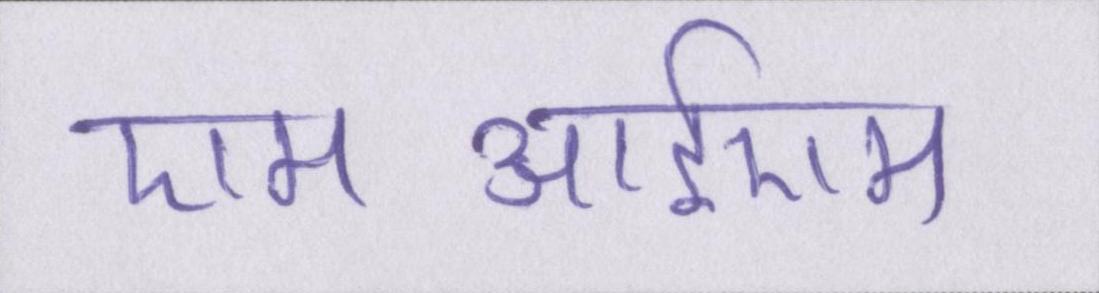
एमआईएम